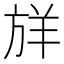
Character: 𪯷